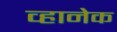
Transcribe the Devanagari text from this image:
व्हानेक